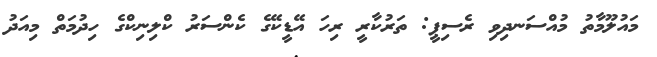
މައުލޫމާތު މުއްސަނދިވި ރެސިޕީ: ތަރުކާރީ ރިހަ އޭޑީކޭގެ ކެންސަރު ކްލިނިކްގެ ހިދުމަތް މިއަދު